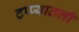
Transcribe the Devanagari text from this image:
टप्प्यातली